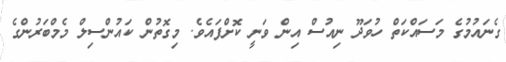
ގެނައުމުގެ މަސައްކަތް ހުވަދޫ ނިއުސް އިން ވަނީ ކޮށްފައެވެ. މިގޮތުން ކައުންސިލް މެމްބަރުންގެ